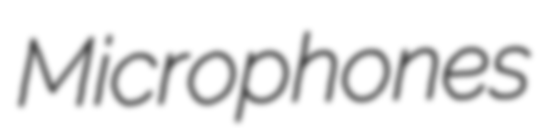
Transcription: Microphones